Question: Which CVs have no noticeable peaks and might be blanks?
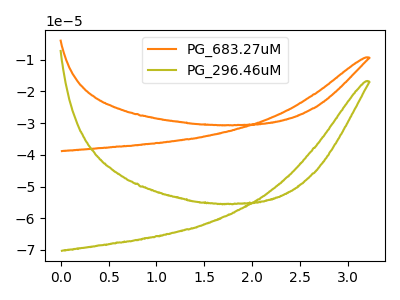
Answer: <think>The orange curve "PG_683.27uM" has no peaks. The olive curve "PG_296.46uM" has no peaks.</think>
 <answer>"PG_683.27uM" and "PG_296.46uM" are likely to be blanks.</answer>
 <eval>"PG_683.27uM", "PG_296.46uM"</eval>